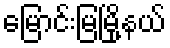
မြောင်းမြမြို့နယ်